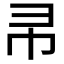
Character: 𭘒